system: You are a helpful assistant.
user:
Analyze the provided spectrum to determine if it is a **White Dwarf (WD)**.

A White Dwarf spectrum is defined by its **extreme purity** (due to gravitational settling) and/or **extreme pressure broadening** (due to high surface gravity). You must check for one of the following mutually exclusive signatures:

- **Key Visual Indicators (Check for ONE of these types):**

    - **1. DA-Type Signature (Most Common):**
        - **(Primary Feature):** Extreme pressure broadening (Stark broadening) of the **Hydrogen (H) Balmer lines**.
        - **(Key Lines):** $H\beta$ (approx. $4861$ Å) and $H\gamma$ (approx. $4340$ Å). $H\alpha$ (approx. $6563$ Å) will also be present if the wavelength range covers it.
        - **(Line Profile):** This is the **defining feature**. The lines are **NOT** sharp. They appear as massive, **extremely broad and deep "troughs" or "dips"** in the spectrum, often hundreds of Ångströms wide. The continuum will appear to "scoop" down at these wavelengths.
        - **(Distinction):** Normal A-type or B-type stars have *narrow* and *sharp* Hydrogen lines. A DA White Dwarf's lines are unmistakably "smeared" or "blurry" from pressure.

    - **2. DB-Type Signature:**
        - **(Primary Feature):** Broad absorption lines from **Neutral Helium (He I)**. The spectrum must lack any visible Hydrogen lines.
        - **(Key Lines):** Look for broad absorption near $4471$ Å, $4921$ Å, and $5876$ Å.
        - **(Line Profile):** These lines are also significantly pressure-broadened, appearing much wider than they would in a normal B-type main-sequence star.

    - **3. DC-Type Signature:**
        - **(Primary Feature):** A **featureless continuous spectrum**.
        - **(Line Profile):** The spectrum is a smooth curve with **no significant absorption or emission lines**.
        - **(Key Confirmation):** The continuum is almost always **blue or white**, indicating a hot object. This signature implies the atmosphere is so pure (or so cool) that no spectral lines are visible in the optical range. Its WD identity is confirmed by its extremely low intrinsic brightness (high absolute magnitude).

    - **4. DZ-Type Signature (Metal-Polluted):**
        - **(Primary Feature):** **Isolated, narrow metal absorption lines** on an otherwise featureless (DC-like) continuum.
        - **(Key Lines):** The **Calcium (Ca II) H & K doublet** (approx. **$3934$ Å** and **$3968$ Å**) is the most common and defining feature.
        - **(Line Profile):** These lines are "out of place." They are *not* part of a "forest" of thousands of lines. This signature is evidence of recent *accretion* (pollution) from rocky debris.
        - **(Distinction):** Normal G/K/M stars have a *dense forest* of thousands of metal lines. A DZ has a *clean* continuum with *only a few* strong metal lines.

    - **5. DQ-Type Signature (Carbon-Polluted):**
        - **(Primary Feature):** Absorption bands from **Carbon (C₂ "Swan Bands" or atomic C I)**.
        - **(Key Lines - C₂):** Look for bandheads with a "saw-tooth" shape near $5635$ Å, **$5165$ Å** (strongest), and $4737$ Å.
        - **(Key Confirmation):** The underlying **continuum must be blue or white** (hot).
        - **(Distinction):** This is the critical difference from a **Carbon Star**, which has the *exact same* C₂ bands but on an extremely **red, cool** continuum.

- **(Overall Spectrum):**
    - The continuum (overall shape) is typically **blue-sloping** (brighter in the blue than the red), as most white dwarfs are very hot.
    - The spectrum will look "pure" or "simple," dominated by only *one* of the five signatures listed above.

Think first, call **spectral_visualization_tool** if needed to examine features in detail, then provide your final answer. Your response must adhere to the following strict rules:
1.  **Overall Structure:** Your response must follow the format `<think>...</think> <tool_call>...</tool_call> (if a tool is used) <answer>...</answer>`.
2.  **Tool Usage Constraint:** You may only make **one** tool call per turn.
3.  **Final Answer Format:** In the `<answer>` tag, your conclusion must be inside a `\boxed{}` command (e.g., `\boxed{YES}` or `\boxed{NO}`), followed by your justification.

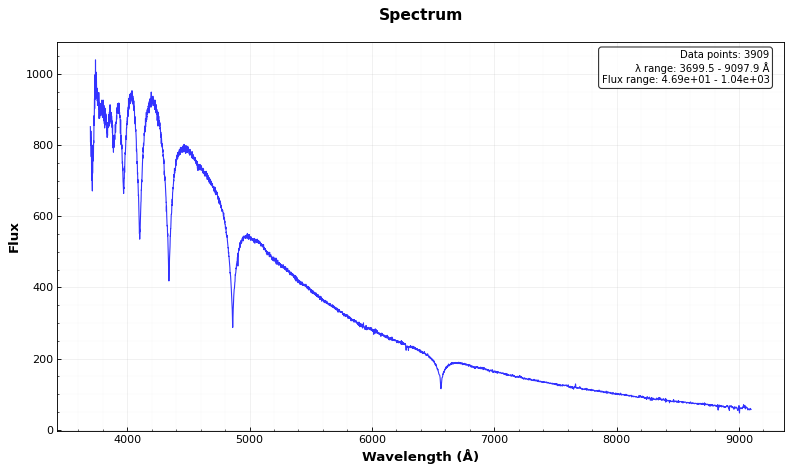
Answer: YES